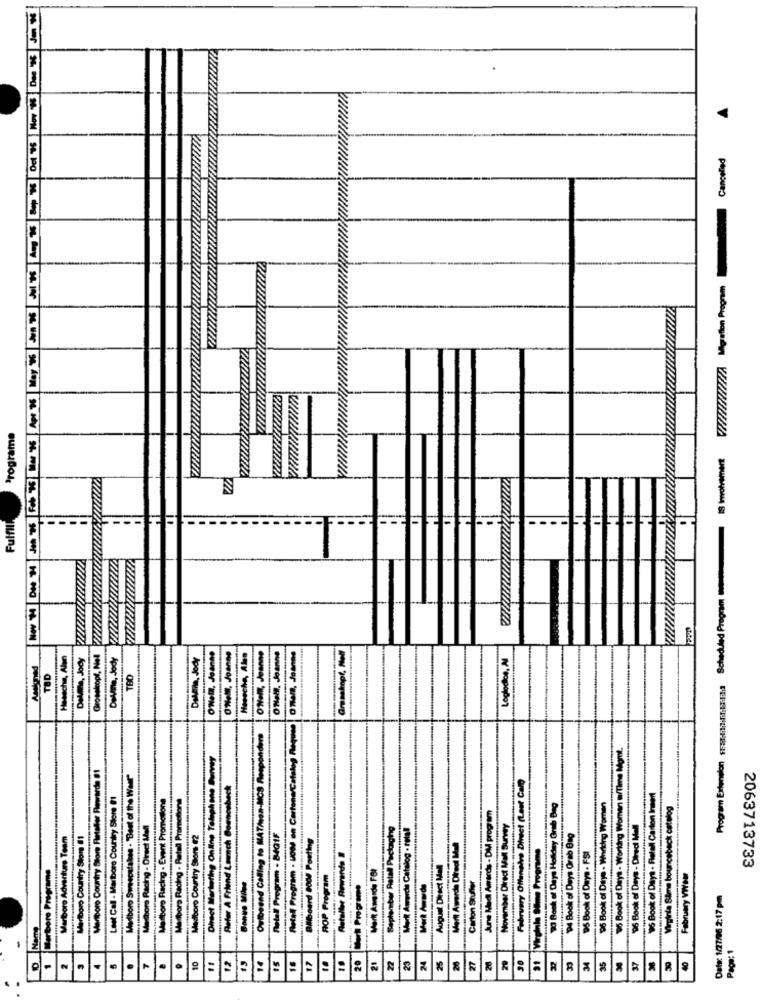
Cancelled
V222222222227 Migration Program
Programa
IS Involvement
Fulfill
Program Extension Frastilinifilaria Scheduled Program
Hessche, Alan
Grosskopf, Nel
Devana, Jody
Dalella, Jody
O'Nela, Joana
Loglocios, A
TED
TBO
Retal Program - JOBS on Cartone/Catalog An
ml
Marlboro Country Stort Fartaler Flowerde 01
Marlboro Sweepstakes . "Best of the Weer
Direct Mertating Online Telephone
February Offenete Divect (Last Calo
95 Book of Days - Working Woman w/Tim
beck
Outbound Calling to MAT/can-NOS
Leet Call - Marboro Country Store #1
Marlboro Racing - Rated Promotion
16 Book of Days - Ristall Carton Insert
June Med Awards - DM program
W Book of Days Holliday Grab Deg
96 Book of Date - Wharking Women
Virginia Sime bounceback catalog
Marlboro Racing - Event Promo
Refer A Friend Launch Bows
September Ratall Packaging
Markt Awurde Catalog - retall
November Direct Mall Survey
96 Book of Days - Direct Mall
Marlboro Adventure Team
Marlboro Country Store #1
Madiboro Courtry Store #2
Metall Program - B4Q1F
14 Book of Days Grab Bag
Billboard CO0 Posting
Merit Awards Direct Mull
Virginla Same Programs
Antallet Rewards
95 Book of Dutys . FSI
Marboro Programe
Marit Amande FBI
August Direct Mall
2063713733
ROP Program
February VWYaw
Bonus Miles
Mark Awards
Carton Stunter
Data: 1/27/06 2:17 pm
17
1.
20
22
29
Page: 1
10
14
15
16
21
23
24
25
20
27
33
34
35
37
30
40
4